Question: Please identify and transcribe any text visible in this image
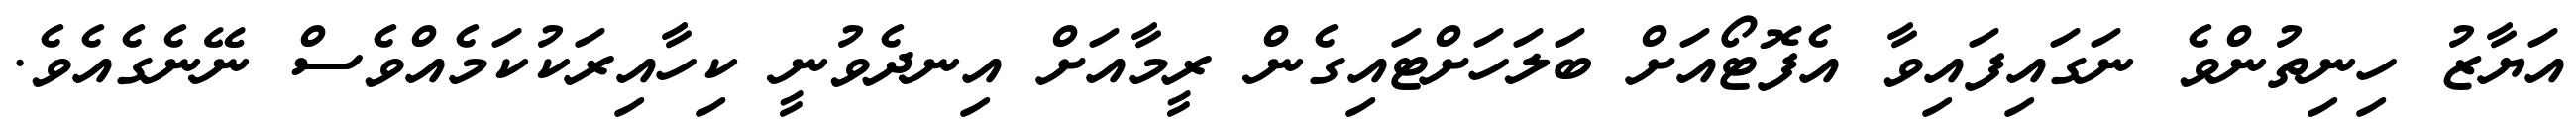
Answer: އަޔާޒު ހިނިތުންވެ ނަގައިފައިވާ އެފޮޓޯއަށް ބަލަހަށްޓައިގެން ރީމާއަށް އިނދެވުނީ ކިހާއިރަކުކަމެއްވެސް ނޭނެގެއެވެ.